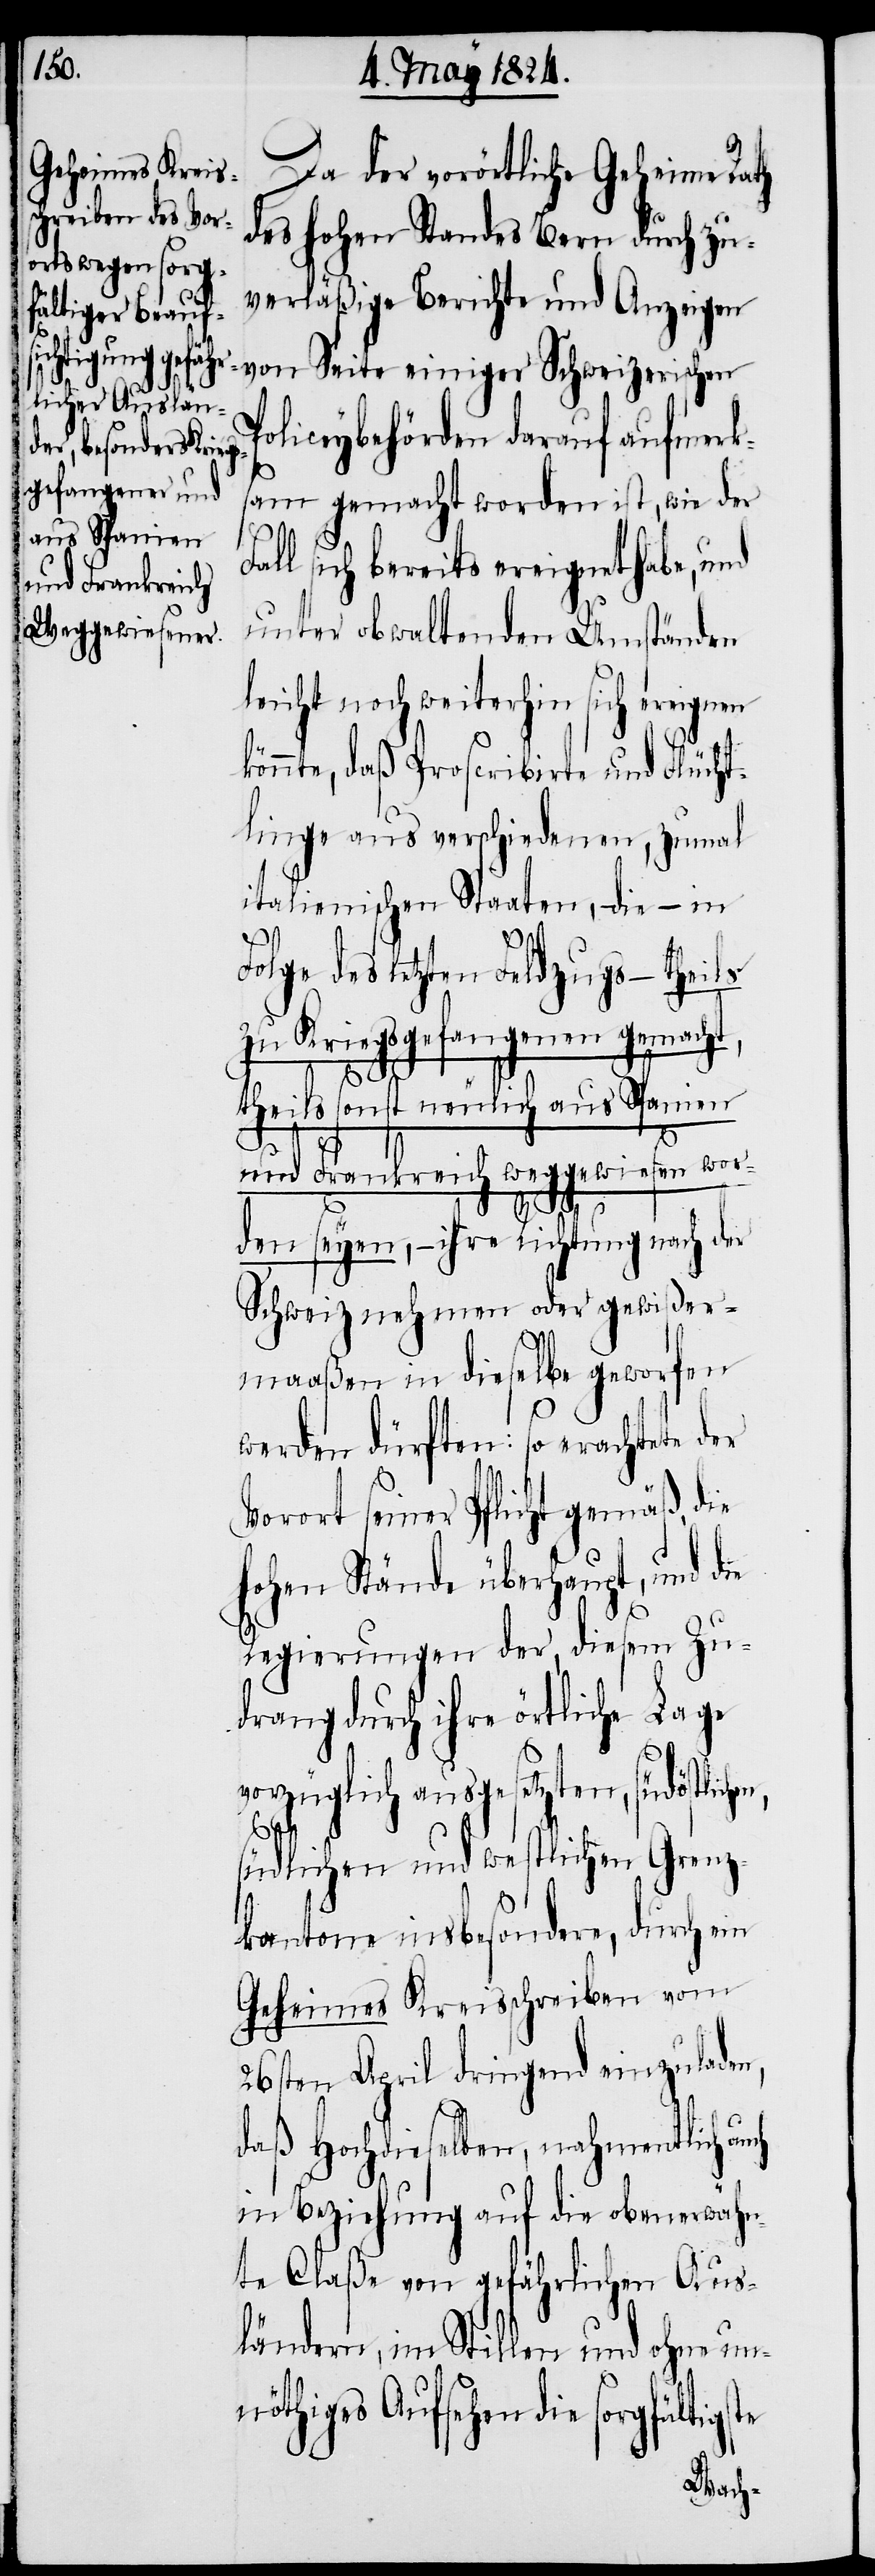
Da der vorörtliche Geheime Rath
des hohen Standes Bern durch zu¬
verläßige Berichte und Anzeigen
Policeybehörden darauf aufmerk¬
sam gemacht worden ist, wie der
en,
all sich bereits ereignet habe, und
unter obwaltenden Umständen
sich ereignen
könnte, daß Proscribirte und Flücht¬
linge aus verschiedenen, zumal
italienischen Staaten, die – in
Folge des letzten Feldzugs – theils
zu Kriegsgefangenen gemacht,
theils sonst neulich aus Spanien
und Frankreich weggewiesen wor¬
te
den seyen, – ihre Richtung nach der
Schweiz nehmen oder gewißer¬
maaßen in dieselbe geworfen
werden dürften: so erachte der
Vorort seiner Pflicht gemäß, die
hohen Stände überhaupt, und die
Regierung der, diesem Zu¬
drang durch ihre örtliche Lage
vorzüglich ausgesetzten, südöstlich¬
südlichen und westlichen Grenz¬
kantone insbesondere, durch ein
Geheimes Kreisschreiben vom
26sten April dringend einzuladen,
daß Hochdieselben, nahmentlich
in Beziehung auf die obenerwähn¬
te Claße von gefährlichen Aus¬
ländern, im Stillen und ohne un¬
nöthiges Aufsehen die sorgfältigs¬